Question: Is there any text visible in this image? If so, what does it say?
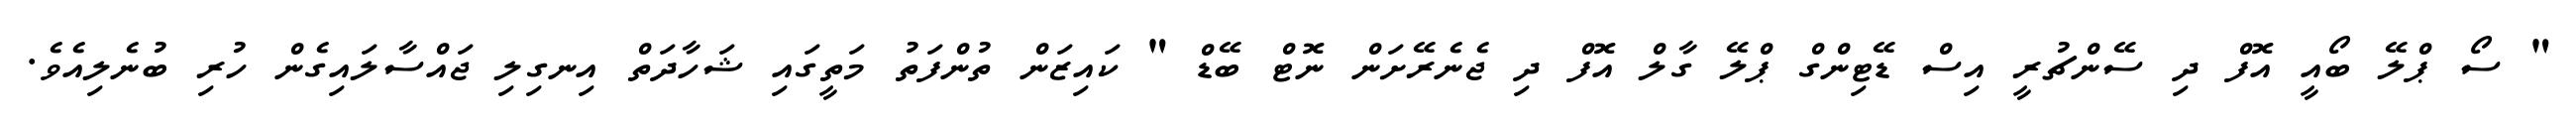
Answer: " ސޯ ޕްލޭ ބޯއީ އޮފް ދި ސޭންޗުރީ އިސް ޑޭޓިންގް ޕްލޭ ގާލް އޮފް ދި ޖެނެރޭށަން ނޮޓް ބޭޑް " ކައިޒަން ތުންފަތު މަތީގައި ޝަހާދަތް އިނގިލި ޖައްސާލައިގެން ހުރި ބުނެލިއެވެ.